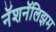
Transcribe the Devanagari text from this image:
नॅशनॅलिझम